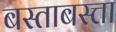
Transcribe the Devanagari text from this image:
बस्ताबस्त्ता